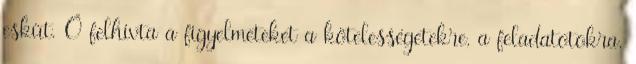
esküt. Ő felhívta a figyelmeteket a kötelességetekre, a feladatotokra.